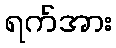
ရက်အား